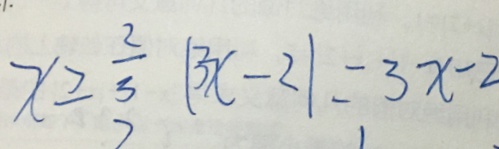
x \geq \frac { 2 } { 3 } \vert 3 x - 2 \vert = 3 x - 2